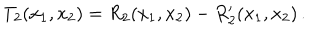
T _ { 2 } ( x _ { 1 } , x _ { 2 } ) = R _ { 2 } ( x _ { 1 } , x _ { 2 } ) - R _ { 2 } ^ { \prime } ( x _ { 1 } , x _ { 2 } ) \, .